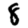
Digit: 8